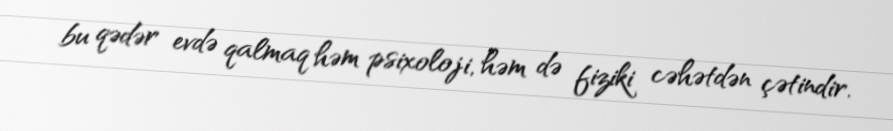
bu qədər evdə qalmaq həm psixoloji, həm də fiziki cəhətdən çətindir.